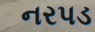
નરપડ